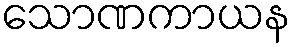
သောဏကာယန